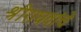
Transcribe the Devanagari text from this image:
श्रीराघवांचे